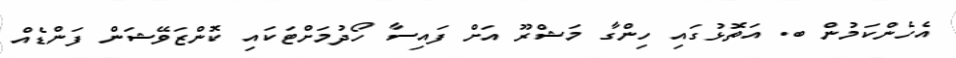
އެހެންކަމުން ބ. އަތޮޅުގައި ހިންގާ މަޝްރޫ އަށް ފައިސާ ހޯދުމަށްޓަކައި ކޮންޒަވޭޝަން ފަންޑެއް